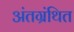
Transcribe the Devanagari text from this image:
अंतग्रंथित